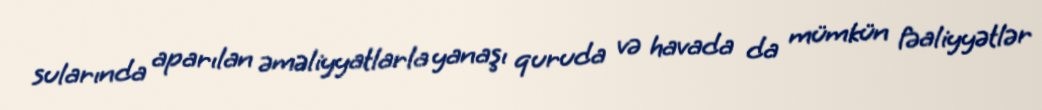
sularında aparılan əməliyyatlarla yanaşı quruda və havada da mümkün fəaliyyətlər